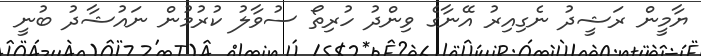
ޔާމީން ރަޝީދު ނެގިއިރު އޭނާގެ ވިންދު ހުރިތޯ ސުވާލު ކުރުމުން ނައުޝާދު ބުނީ